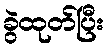
ခွဲထုတ်ပြီး